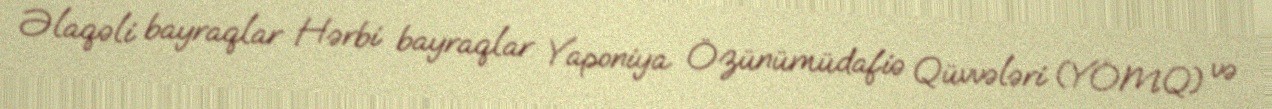
Əlaqəli bayraqlar Hərbi bayraqlar Yaponiya Özünümüdafiə Qüvvələri (YÖMQ) və